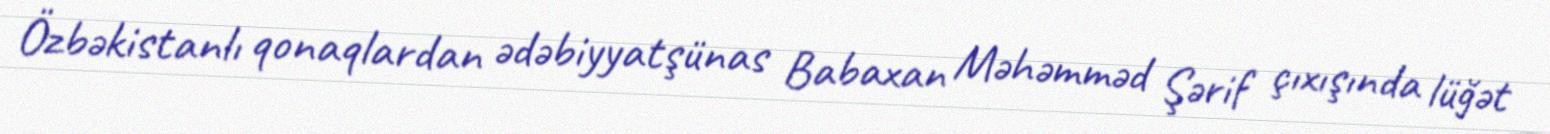
Özbəkistanlı qonaqlardan ədəbiyyatşünas Babaxan Məhəmməd Şərif çıxışında lüğət